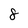
Character: 8